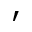
'